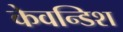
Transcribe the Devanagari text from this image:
केवन्डिश